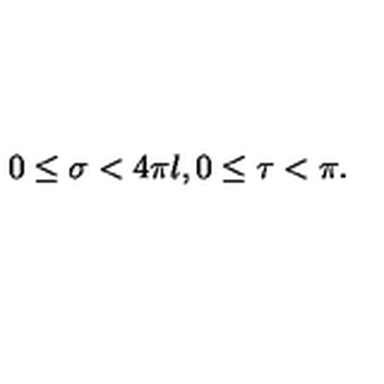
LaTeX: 0 \leq \sigma < 4 \pi l , 0 \leq \tau < \pi .